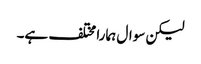
لیکن سوال ہمارا مختلف ہے۔